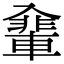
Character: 𠓽